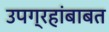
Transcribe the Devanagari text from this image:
उपग्रहांबाबत